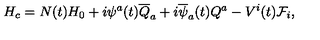
H _ { c } = N ( t ) H _ { 0 } + i \psi ^ { a } ( t ) \overline { { Q } } _ { a } + i \overline { { \psi } } _ { a } ( t ) Q ^ { a } - V ^ { i } ( t ) { \cal F } _ { i } ,